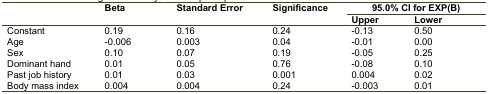
<table><thead><tr><td rowspan="2"><b></b></td><td rowspan="2"><b>Beta</b></td><td rowspan="2"><b>Standard Error</b></td><td rowspan="2"><b>Significance</b></td><td colspan="2"><b>95.0% CI for EXP(B)</b></td></tr><tr><td><b>Upper</b></td><td><b>Lower</b></td></tr></thead><tbody><tr><td>Constant</td><td>0.19</td><td>0.16</td><td>0.24</td><td>-0.13</td><td>0.50</td></tr><tr><td>Age</td><td>-0.006</td><td>0.003</td><td>0.04</td><td>-0.01</td><td>0.00</td></tr><tr><td>Sex</td><td>0.10</td><td>0.07</td><td>0.19</td><td>-0.05</td><td>0.25</td></tr><tr><td>Dominant hand</td><td>0.01</td><td>0.05</td><td>0.76</td><td>-0.08</td><td>0.10</td></tr><tr><td>Past job history</td><td>0.01</td><td>0.03</td><td>0.001</td><td>0.004</td><td>0.02</td></tr><tr><td>Body mass index</td><td>0.004</td><td>0.004</td><td>0.24</td><td>-0.003</td><td>0.01</td></tr></tbody></table>